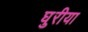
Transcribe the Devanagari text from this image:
घुरीया